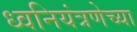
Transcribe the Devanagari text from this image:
ध्वनियंत्रणेच्या